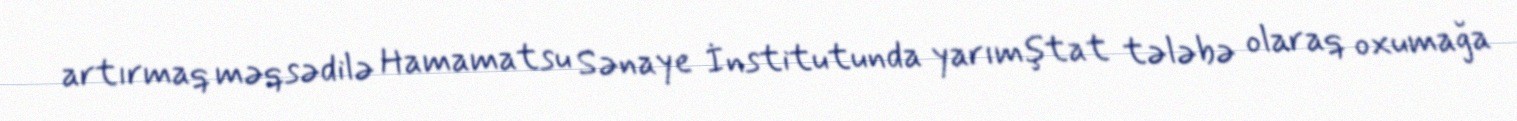
artırmaq məqsədilə Hamamatsu Sənaye İnstitutunda yarımştat tələbə olaraq oxumağa